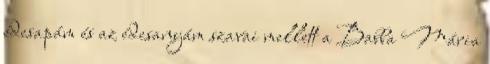
édesapám és az édesanyám szavai mellett a Babba Mária